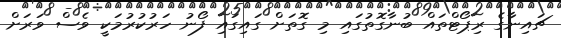
ޗައިނާގެ ރިޕޯޓްތައް ބުނާގޮތުގައި މި ގޮތަށް ގައިގައި ފޯނު ހަރުކުރުމަކީ ވެސް ވަރަށް